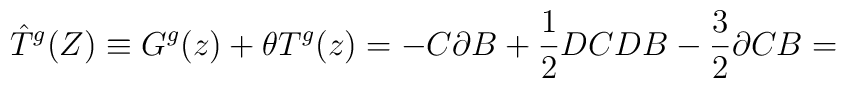
\hat T^g(Z) \equiv G^g (z) + \theta T^{g} (z) =-C\partial B +\frac{1}{2}DCDB-\frac{3}{2}\partial C B =